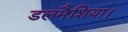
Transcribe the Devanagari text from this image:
डलमैशिया।